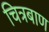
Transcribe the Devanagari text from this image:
चित्रबाण